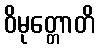
ဝိမုတ္တောတိ